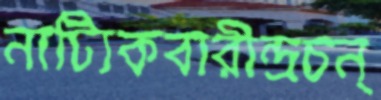
নাট্যিকবারীন্দ্রচন্